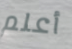
أعلم